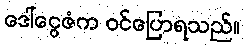
ဒေါ်ငွေဇံက ဝင်ပြောရသည်။